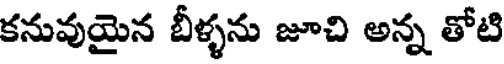
కనువుయైన బీళ్ళను జూచి అన్న తోటి